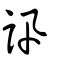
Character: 訊